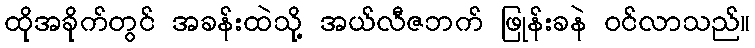
ထိုအခိုက်တွင် အခန်းထဲသို့ အယ်လီဇဘက် ဖြုန်းခနဲ ဝင်လာသည်။